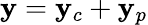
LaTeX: \mathbf{y}=\mathbf{y}_{c}+\mathbf{y}_{p}